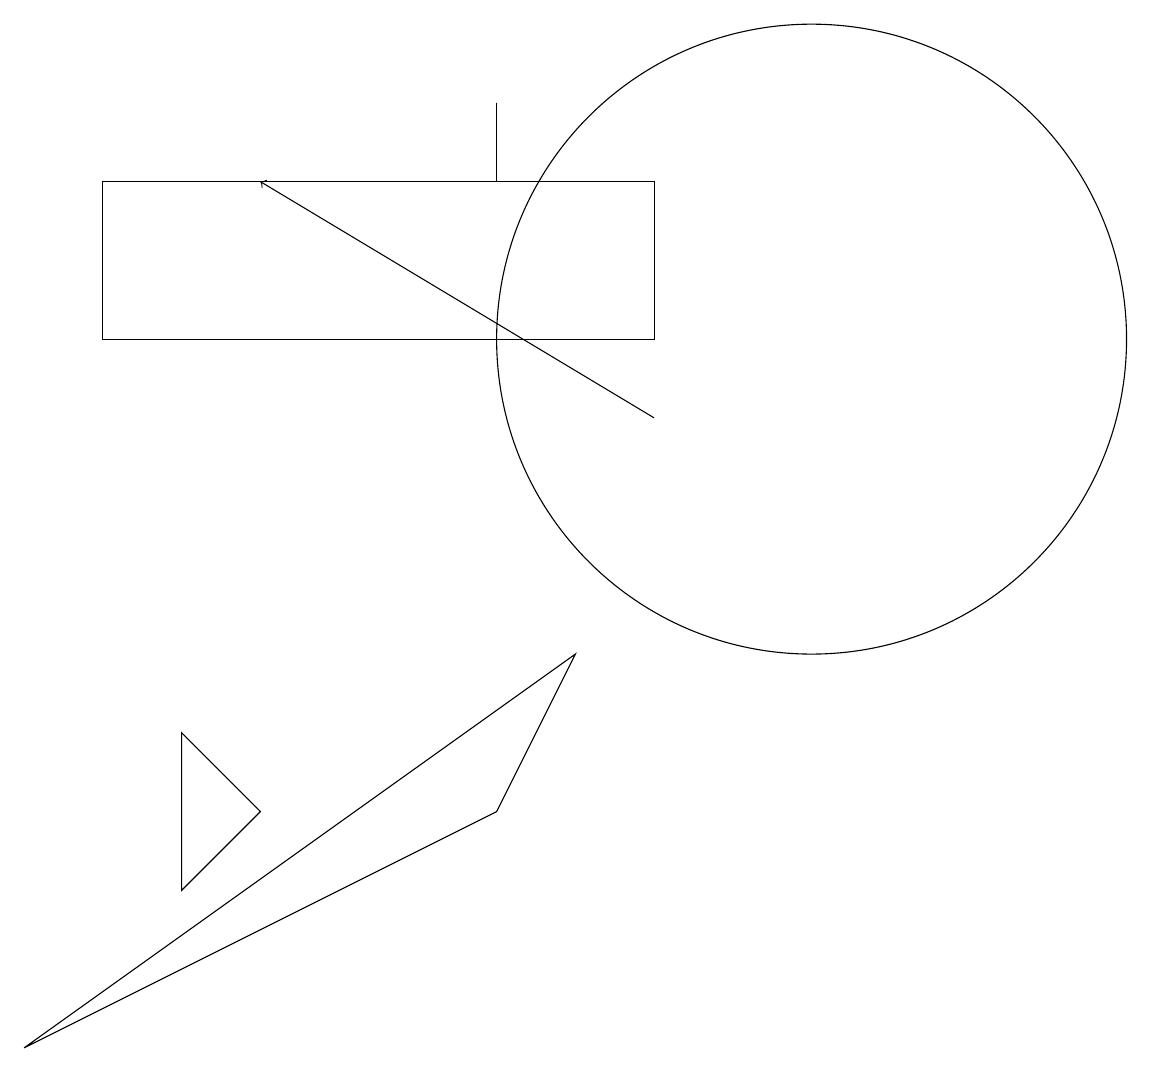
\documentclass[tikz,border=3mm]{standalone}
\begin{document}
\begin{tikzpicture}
\draw (11,11) circle (4);
\draw (7,13) rectangle (7,14);
\draw (2,13) rectangle (9,11);
\draw (4,5) -- (3,4) -- (3,6) -- cycle;
\draw (7,5) -- (1,2) -- (8,7) -- cycle;
\draw[->] (9,10) -- (4,13);
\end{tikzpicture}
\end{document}